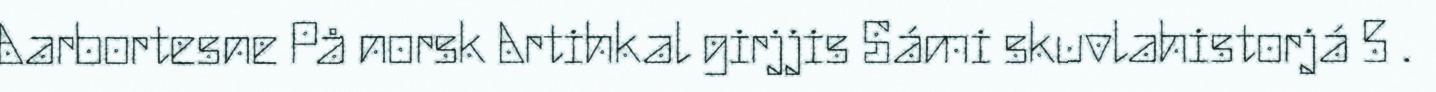
Aarbortesne På norsk Artihkal girjjis Sámi skuvlahistorjá 5 .